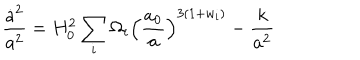
\frac { \dot { a } ^ { 2 } } { a ^ { 2 } } = H _ { 0 } ^ { 2 } \sum _ { i } \Omega _ { i } \left( \frac { a _ { 0 } } { a } \right) ^ { 3 ( 1 + w _ { i } ) } - \frac { k } { a ^ { 2 } }